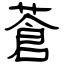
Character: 蒼